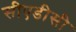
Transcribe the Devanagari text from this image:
सीएडीसी